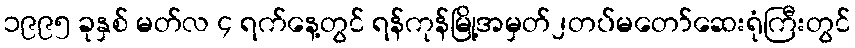
၁၉၉၅ ခုနှစ် မတ်လ ၄ ရက်နေ့တွင် ရန်ကုန်မြို့အမှတ်၂တပ်မတော်ဆေးရုံကြီးတွင်